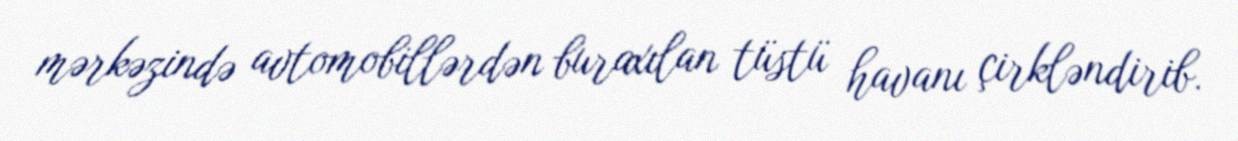
mərkəzində avtomobillərdən buraxılan tüstü havanı çirkləndirib.